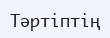
Тәртіптің